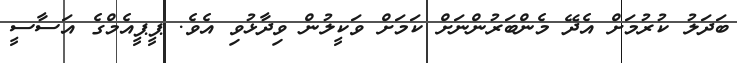
ބަދަލު ކުރުމަށް އެދޭ މެންބަރުންނަށް ކަމަށް ވަކީލުން ވިދާޅުވި އެވެ. ޕީޕީއެމްގެ އަސާސީ